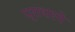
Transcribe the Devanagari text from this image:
प्राथरने